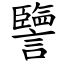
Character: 譼